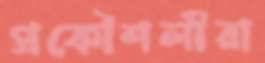
প্রকৌশলীরা